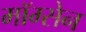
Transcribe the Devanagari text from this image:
मॉम्सेन